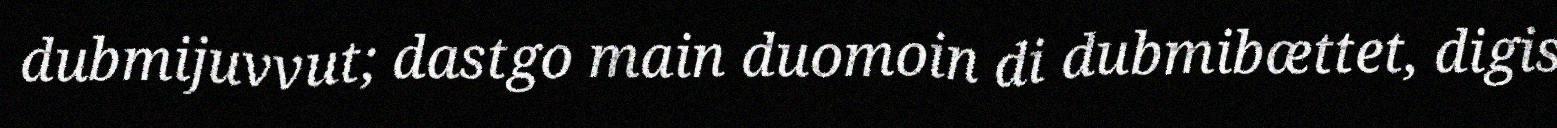
dubmijuvvut; dastgo main duomoin di dubmibættet, digis